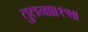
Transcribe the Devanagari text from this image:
तुलना॥१५॥